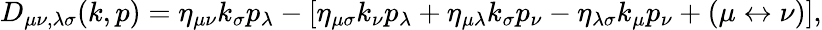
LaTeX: D_{\mu\nu,\lambda\sigma}(k,p)=\eta_{\mu\nu}k_{\sigma}p_{\lambda}-\left[\eta_{\mu\sigma}k_{\nu}p_{\lambda}+\eta_{\mu\lambda}k_{\sigma}p_{\nu}-\eta_{\lambda\sigma}k_{\mu}p_{\nu}+(\mu\leftrightarrow\nu)\right],